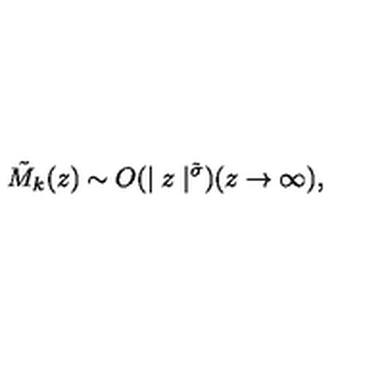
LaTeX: \tilde { M } _ { k } ( z ) \sim O ( \mid z \mid ^ { \tilde { \sigma } } ) ( z \rightarrow \infty ) ,